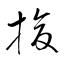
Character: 搶